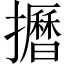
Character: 𱡌